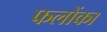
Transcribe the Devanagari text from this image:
फलोंका